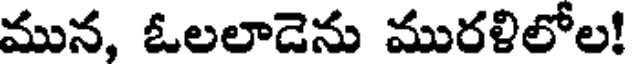
మున, ఓలలాడెను మురళిలోల!